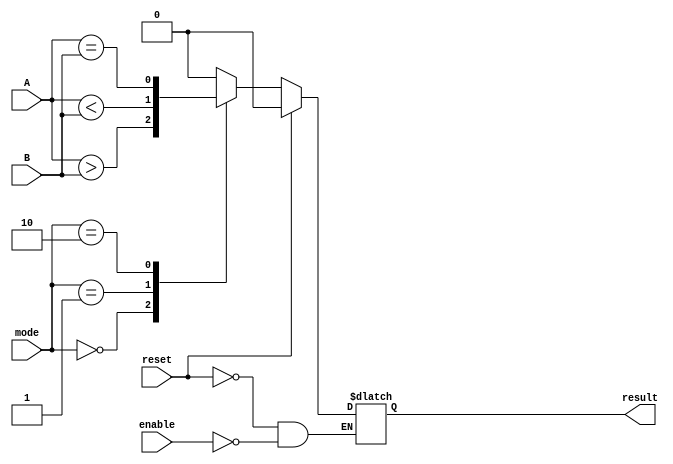
module ParameterizedComparator #(
    parameter N = 8 // Default width of input vectors
)(
    input wire [N-1:0] A,      // Input vector A
    input wire [N-1:0] B,      // Input vector B
    input wire [1:0] mode,      // Comparison mode: 00 = A > B, 01 = A < B, 10 = A == B
    input wire reset,           // Asynchronous reset
    input wire enable,          // Enable signal
    output reg result           // Result of the comparison
);

// Asynchronous reset and comparison logic
always @(*) begin
    if (reset) begin
        result <= 0; // Reset output to 0
    end else if (enable) begin
        case (mode)
            2'b00: result <= (A > B);  // A > B
            2'b01: result <= (A < B);  // A < B
            2'b10: result <= (A == B); // A == B
            default: result <= 0;       // Default case
        endcase
    end
end

endmodule